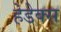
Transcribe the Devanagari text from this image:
हेडेक्स